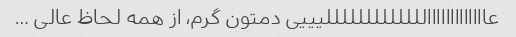
عااااااااااااالللللللللللللیییی دمتون گرم، از همه لحاظ عالی …